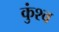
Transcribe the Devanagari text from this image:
कुंश्व